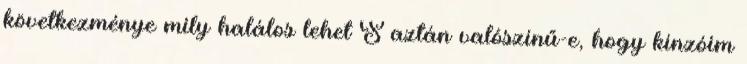
következménye mily halálos lehet S aztán valószínű-e, hogy kínzóim